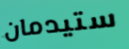
ستيدمان